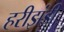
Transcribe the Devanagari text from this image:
हरीझंडी